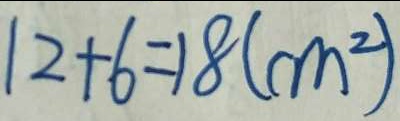
1 2 + 6 = 1 8 ( c m ^ { 2 } )